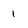
Character: 1